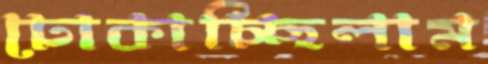
ঢোকাচ্ছিলাম